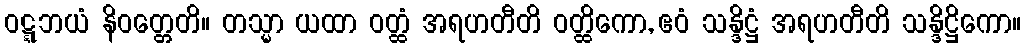
ဝဋ္ဋဘယံ နိဝတ္တေတိ။ တသ္မာ ယထာ ဝတ္ထံ အရဟတီတိ ဝတ္ထိကော, ဧဝံ သန္ဒိဋ္ဌံ အရဟတီတိ သန္ဒိဋ္ဌိကော။